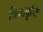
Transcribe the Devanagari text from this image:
त्रिधावृत्ति